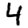
Digit: 4